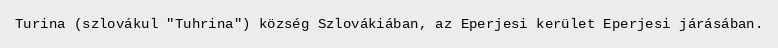
Turina (szlovákul "Tuhrina") község Szlovákiában, az Eperjesi kerület Eperjesi járásában.